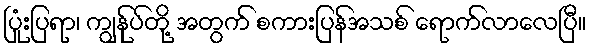
ပြုံးပြရာ၊ ကျွန်ုပ်တို့ အတွက် စကားပြန်အသစ် ရောက်လာလေပြီ။